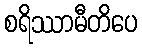
စရိဿာမီတိပေ